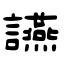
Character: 讌